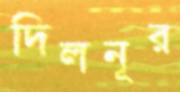
দিলনূর